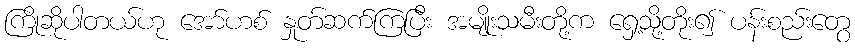
ကြိုဆိုပါတယ်ဟု အော်ဟစ် နှုတ်ဆက်ကြပြီး အမျိုးသမီးတို့က ရှေ့သို့တိုး၍ ပန်းစည်းတွေ